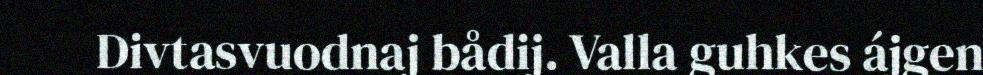
Divtasvuodnaj bådij. Valla guhkes ájgen